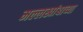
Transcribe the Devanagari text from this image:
मल्लखांबाच्या